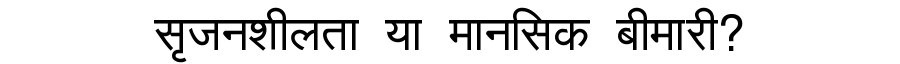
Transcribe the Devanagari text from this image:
सृजनशीलता या मानसिक बीमारी?